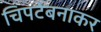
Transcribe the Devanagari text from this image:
चिपटेबनाकर